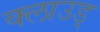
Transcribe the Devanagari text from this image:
क्लाउड्